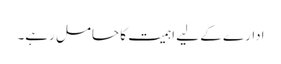
ادارے کے لیے اہمیت کا حامل رہے۔